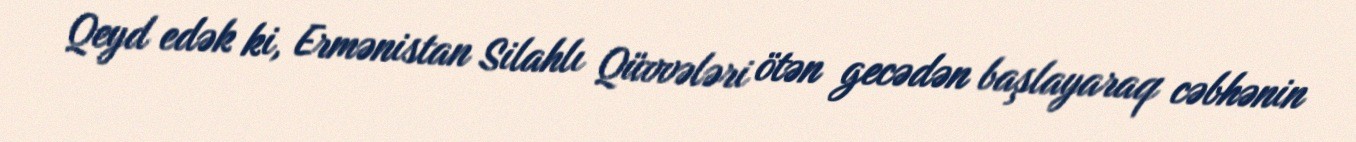
Qeyd edək ki, Ermənistan Silahlı Qüvvələri ötən gecədən başlayaraq cəbhənin